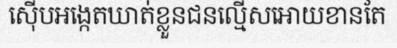
ស៊ើបអង្កេតឃាត់ខ្លួនជនល្មើសអោយខានតែ